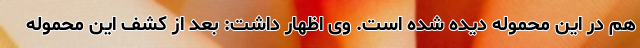
هم در این محموله دیده شده است. وی اظهار داشت: بعد از کشف این محموله